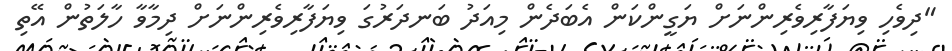
"ދިވެހި ވިޔަފާރިވެރިންނަށް ޔަގީންކަން އެބަދެން މިއަދު ބަނދަރުގަ ވިޔަފާރިވެރިންނަށް ދިމާވާ ހާލަތުން އޭތި